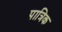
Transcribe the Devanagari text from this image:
पात्रिक